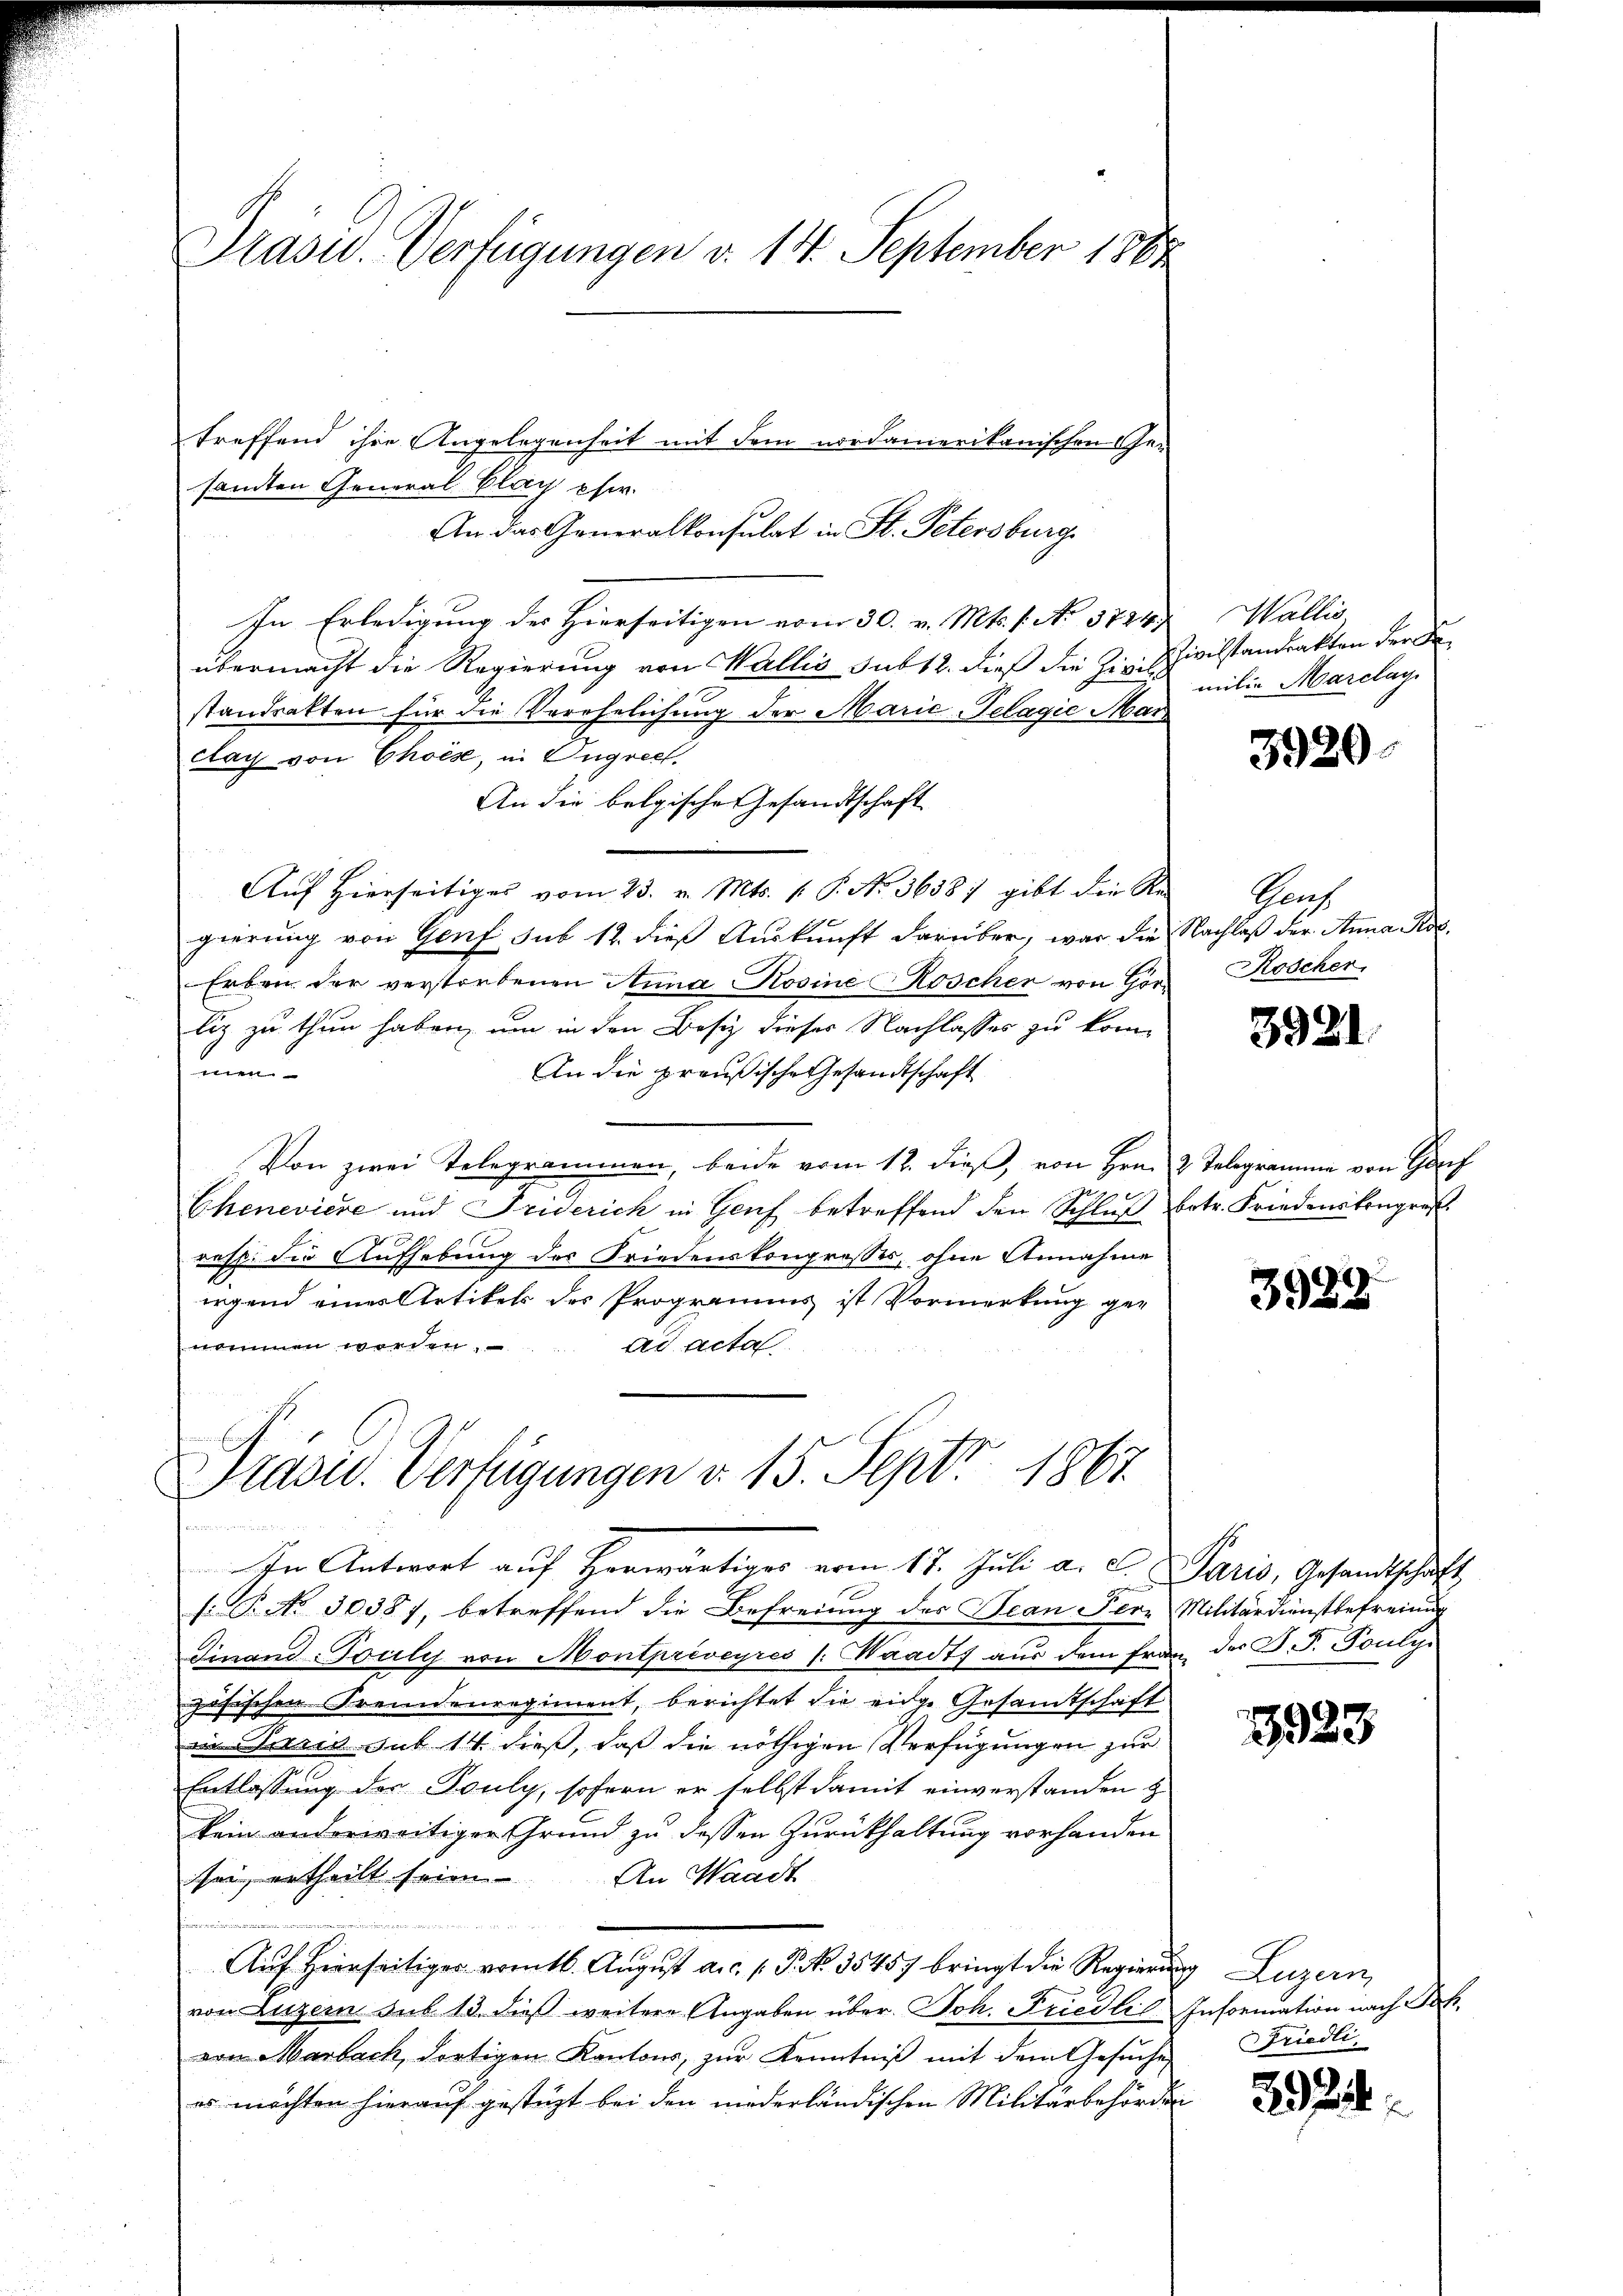
Präsid.. Verfügungen v. 14. September 1888

treffend ihre Angelegenheit mit dem nordamerikanischen Ge-
samten General Clag eher.
An das Generalkonsulat in St. Petersburg
In Erledigung des Hierseitigen vom 30. v. Mts. f. No. 3724
übermacht die Regierung von Wallis sub 12. dieß die Zivilstandrakten für die Verehelichung der Marie-Telagie Mais
clag von Choise, in Angrech
An die belgische Gesandtschaft
Auf Hierseitiges vom 23. v. Mts. v. P. Nr. 36387 gibt die Re
gierung von Genf sub 12. dies Aŭskŭnft darüber, war die Nachlaβ der Anna Kos¬
Erben der verstorbenen Anna Rosine Koscher von Gorlig zu thun haben, um in den Besiz dieses Nachlasses zu kommen-
An die preußische Gesandtschaft
Von zwei Telegrammen, beide vom 12. dieß, von Hrn. 2. Telegramme von Hof

Chenevière und Triderich in Genf betreffend den Schlŭβ betr. Friedenskongres
resp. die Aufhebung des Friedenskongresses, ohne Annahme
irgend eines Artikels des Programms ist Vormerkung genommen worden.
ad acta

Präsid. Verfügungen v. 15. Sept 1867.

In Antwort auf herwärtiges vom 17. Juli a. c. Paris, Gesandtschaft
s: P. No 30387, betreffend die Befreiung des Jean Pere Militärdienstbefreiung
Finanz-Touly von Montpriveyres /: Waadt aus dem Frau der B. F. Pouly
zösischen Fremdenregiment, berichtet die eidge Gesamtschaft
die Bern sub 14 dieß, daß die nöthigen Verfügungen zur
Entlassung des Souly, sofern er selbst damit einverstanden z
kein anderweitigen Grund zu dessen Zurückhaltung vorhanden
sei, ertheilt seien. An Waadt
u
Auf Hierseitiger vom 16. August a.c. s. P. NNo. 35457 bringt die Regierung Luzern,
von Luzern sub 13. dieß weitere Angaben über. Joh. Friedlil Information nach Sch
von Marbach, dortigen Kantons, zur Kenntniß mit dem Gesuche
es möchten hierauf gestützt bei den niederländischen Militärbehörden

Wallis
Zivilstandsakten der de
milie Marclag

3920.

Phras
Röscher.

3921

3922

3933

Friedli

2922